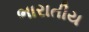
ભારાતીય